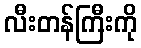
လီးတန်ကြီးကို